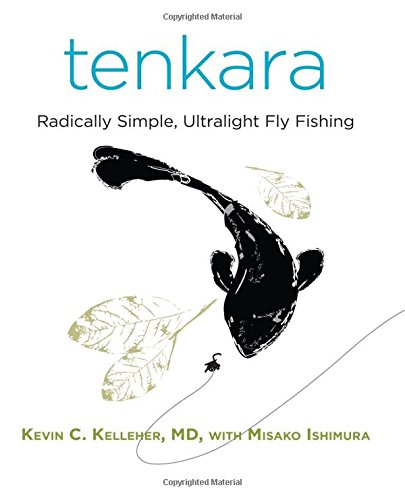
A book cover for Tenkara: Radically Simple, Ultralight Fly Fishing; Kevin Kelleher M.D.; Sports & Outdoors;